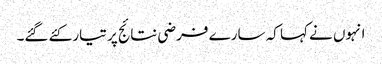
انہوں نے کہا کہ سارے فرضی نتائج پر تیار کئے گئے۔